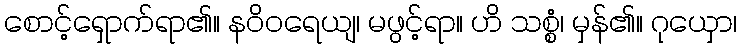
စောင့်ရှောက်ရာ၏။ နဝိဝရေယျ၊ မဖွင့်ရာ။ ဟိ သစ္စံ၊ မှန်၏။ ဂုယှော၊